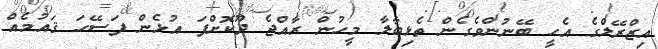
އިޒްރޭލްގެ އެހީ ބޭނުންވެގެން ތެޅިބާލާ މީހުން ރާއްޖެ ދޫކޮށްފަ އުޅެން ފަސޭހަ ޤައުމެއް